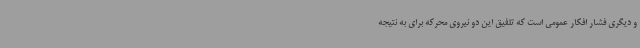
و دیگری فشار افکار عمومی است که تلفیق این دو نیروی محرکه برای به نتیجه